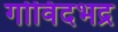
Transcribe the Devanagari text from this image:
गोविंदभद्र